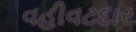
વહીવટદાર